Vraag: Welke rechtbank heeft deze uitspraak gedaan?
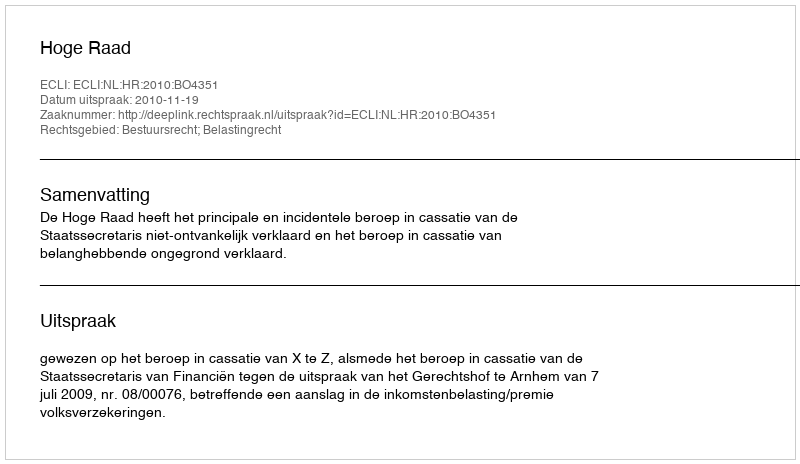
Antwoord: Hoge Raad